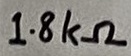
Text: 1.8kΩ